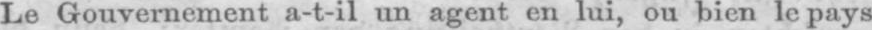
Le Gouvernement a-t-il un agent en lui, ou bien le pays